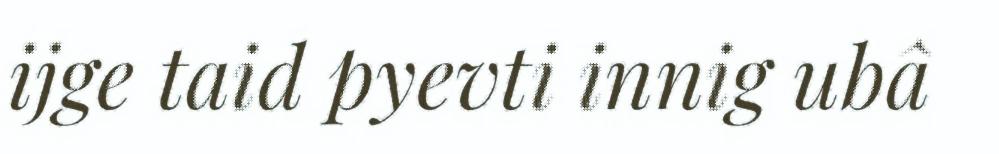
ijge taid pyevti innig ubâ